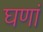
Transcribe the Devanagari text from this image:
घणां